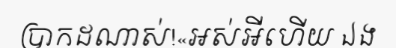
ប្រាកដណាស់!«អស់អីហើយ ឯង